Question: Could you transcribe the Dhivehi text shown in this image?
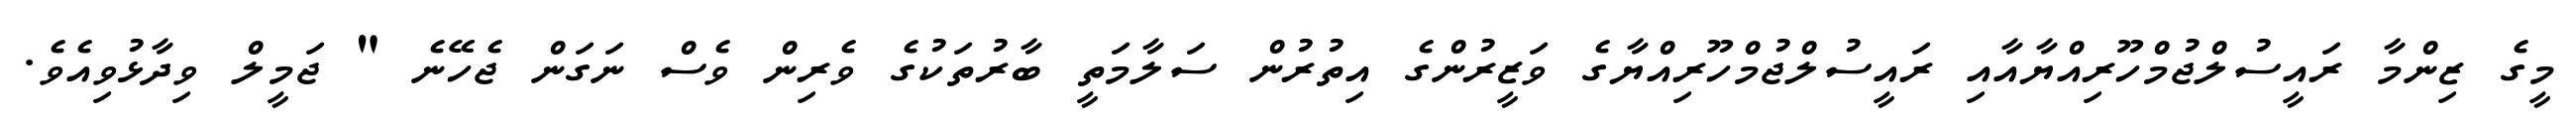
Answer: މީގެ ޒިންމާ ރައީސުލްޖުމްހޫރިއްޔާއާއި ރައީސުލްޖުމްހޫރިއްޔާގެ ވަޒީރުންގެ އިތުރުން ސަލާމަތީ ބާރުތަކުގެ ވެރިން ވެސް ނަގަން ޖެހޭނެ " ޖަމީލް ވިދާޅުވިއެވެ.